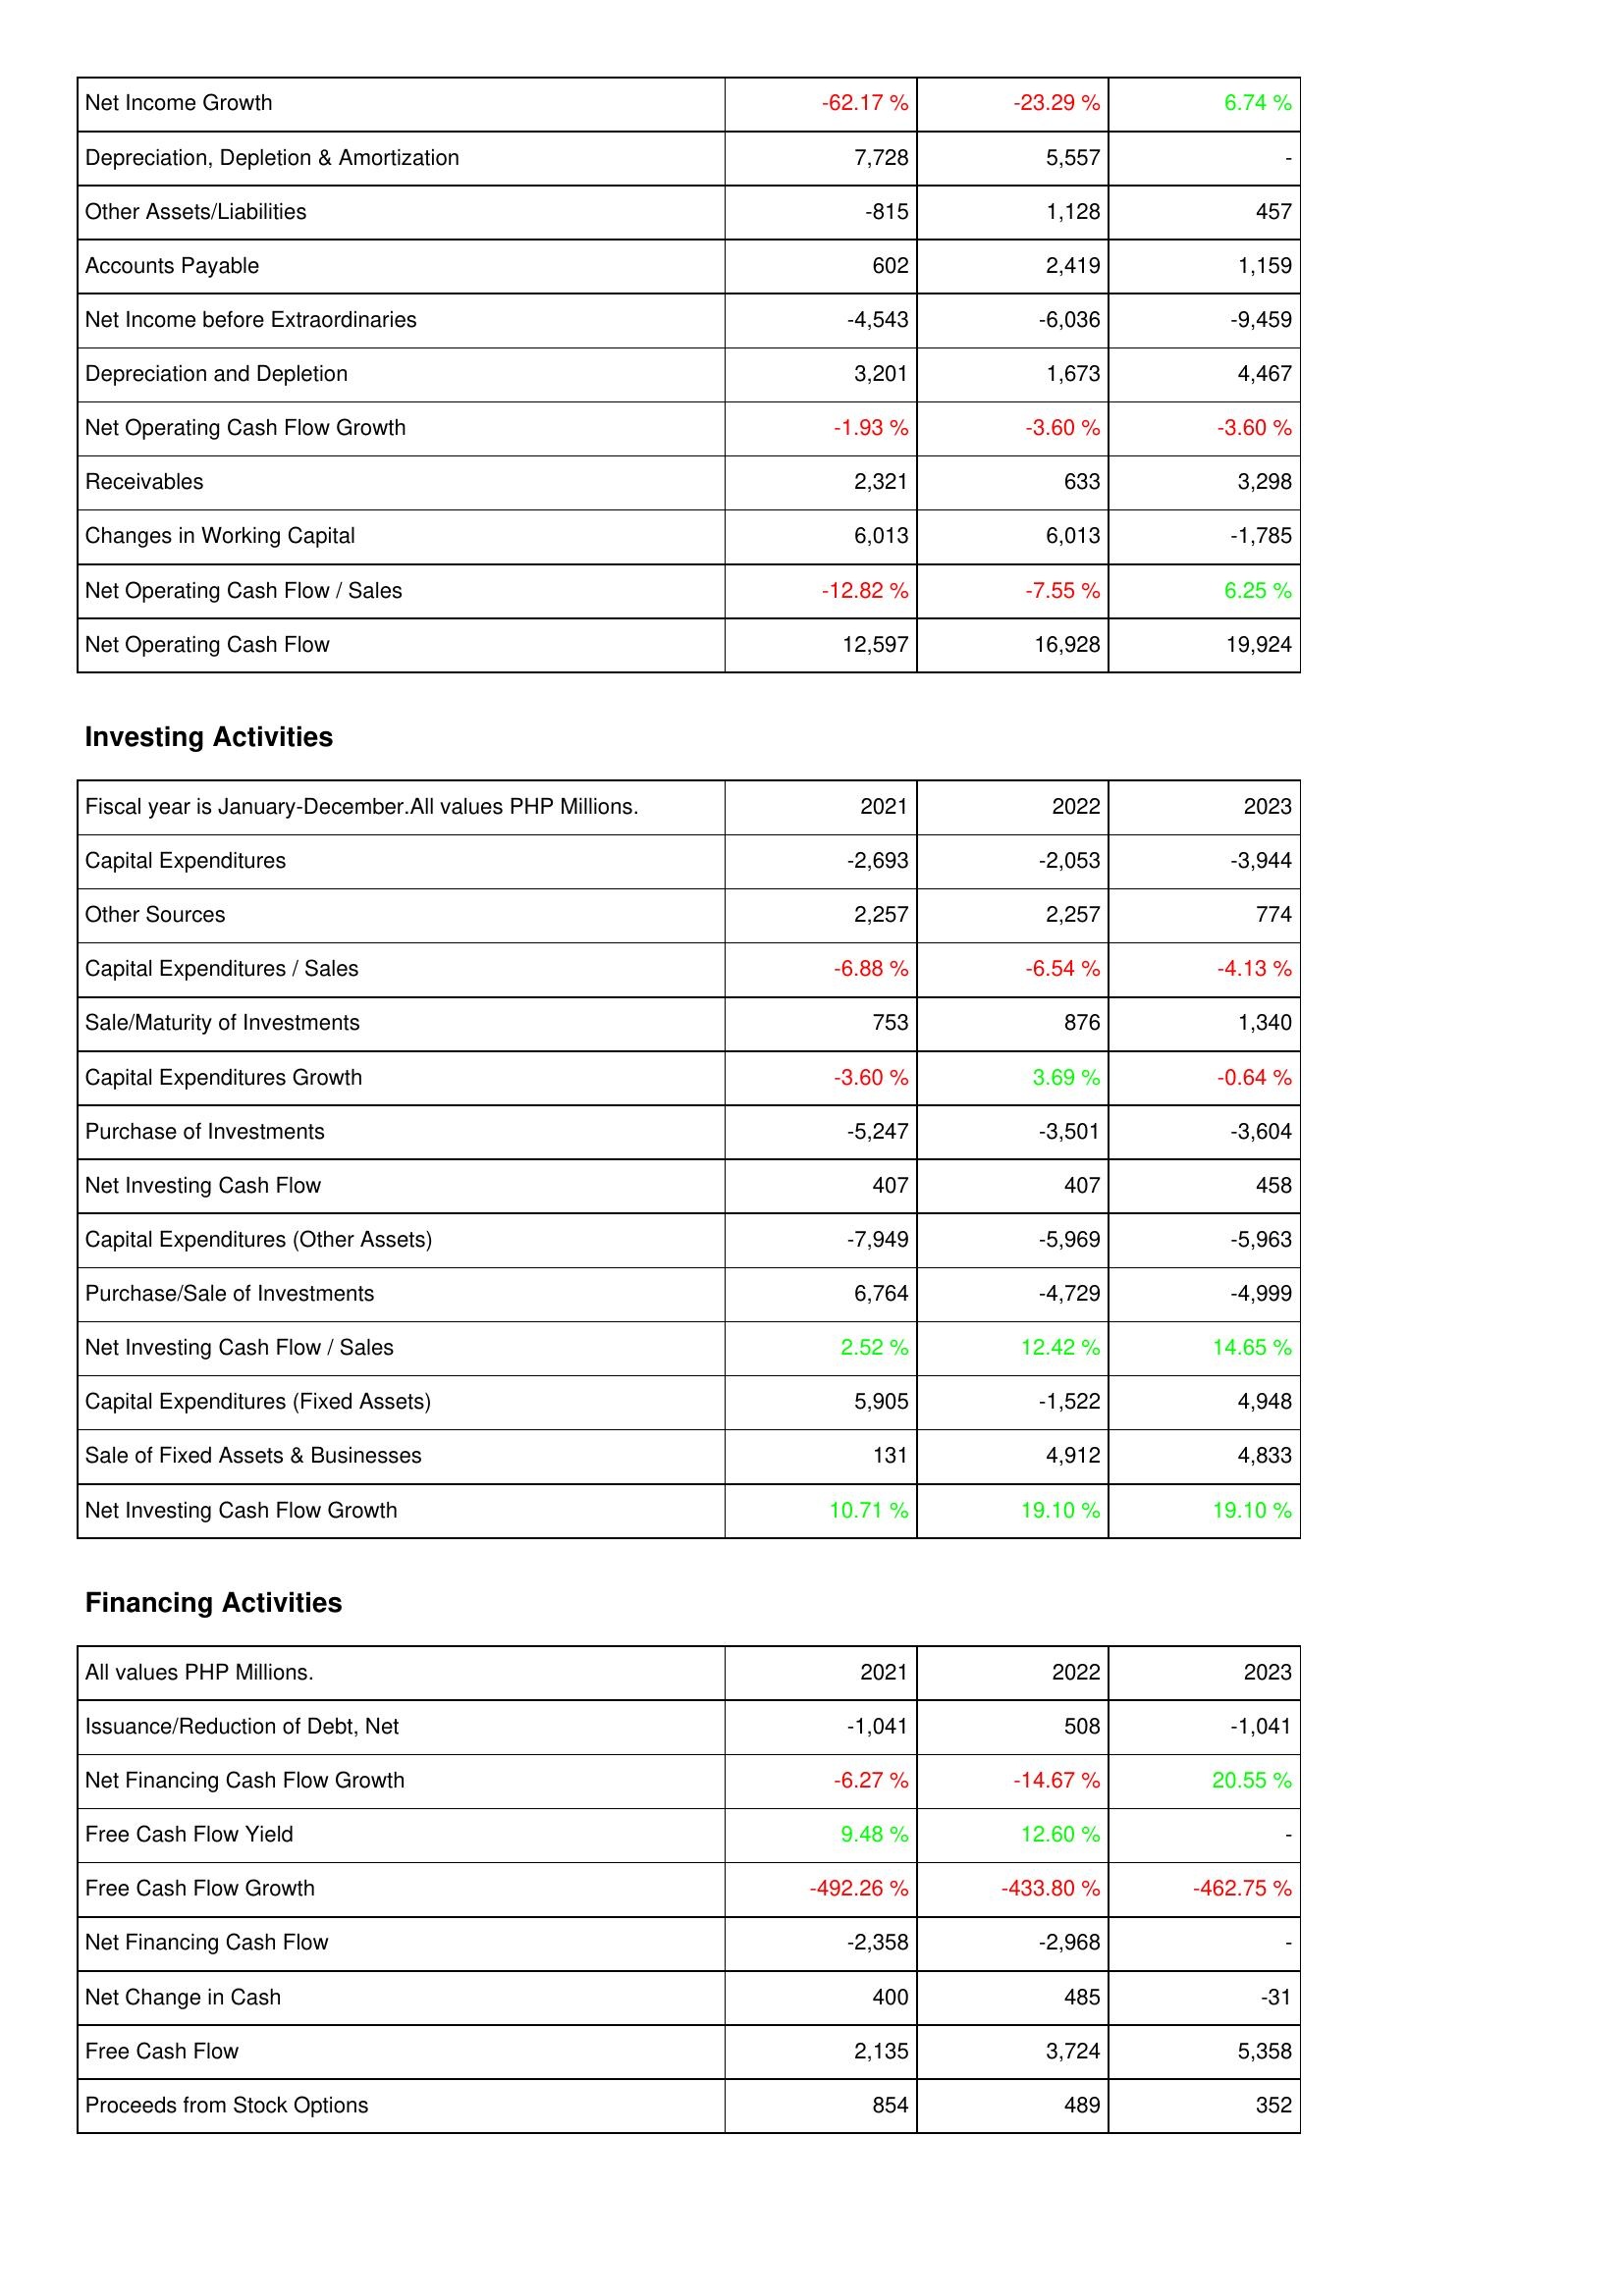
2021: Operating Activities: Net Income Growth: -62.17 %
Depreciation, Depletion & Amortization: 7,728
Other Assets/Liabilities: -815
Accounts Payable: 602
Net Income before Extraordinaries: -4,543
Depreciation and Depletion: 3,201
Net Operating Cash Flow Growth: -1.93 %
Receivables: 2,321
Changes in Working Capital: 6,013
Net Operating Cash Flow / Sales: -12.82 %
Net Operating Cash Flow: 12,597
Investing Activities: Capital Expenditures: -2,693
Other Sources: 2,257
Capital Expenditures / Sales: -6.88 %
Sale/Maturity of Investments: 753
Capital Expenditures Growth: -3.60 %
Purchase of Investments: -5,247
Net Investing Cash Flow: 407
Capital Expenditures (Other Assets): -7,949
Purchase/Sale of Investments: 6,764
Net Investing Cash Flow / Sales: 2.52 %
Capital Expenditures (Fixed Assets): 5,905
Sale of Fixed Assets & Businesses: 131
Net Investing Cash Flow Growth: 10.71 %
Financing Activities: Issuance/Reduction of Debt, Net: -1,041
Net Financing Cash Flow Growth: -6.27 %
Free Cash Flow Yield: 9.48 %
Free Cash Flow Growth: -492.26 %
Net Financing Cash Flow: -2,358
Net Change in Cash: 400
Free Cash Flow: 2,135
Proceeds from Stock Options: 854
2022: Operating Activities: Net Income Growth: -23.29 %
Depreciation, Depletion & Amortization: 5,557
Other Assets/Liabilities: 1,128
Accounts Payable: 2,419
Net Income before Extraordinaries: -6,036
Depreciation and Depletion: 1,673
Net Operating Cash Flow Growth: -3.60 %
Receivables: 633
Changes in Working Capital: 6,013
Net Operating Cash Flow / Sales: -7.55 %
Net Operating Cash Flow: 16,928
Investing Activities: Capital Expenditures: -2,053
Other Sources: 2,257
Capital Expenditures / Sales: -6.54 %
Sale/Maturity of Investments: 876
Capital Expenditures Growth: 3.69 %
Purchase of Investments: -3,501
Net Investing Cash Flow: 407
Capital Expenditures (Other Assets): -5,969
Purchase/Sale of Investments: -4,729
Net Investing Cash Flow / Sales: 12.42 %
Capital Expenditures (Fixed Assets): -1,522
Sale of Fixed Assets & Businesses: 4,912
Net Investing Cash Flow Growth: 19.10 %
Financing Activities: Issuance/Reduction of Debt, Net: 508
Net Financing Cash Flow Growth: -14.67 %
Free Cash Flow Yield: 12.60 %
Free Cash Flow Growth: -433.80 %
Net Financing Cash Flow: -2,968
Net Change in Cash: 485
Free Cash Flow: 3,724
Proceeds from Stock Options: 489
2023: Operating Activities: Net Income Growth: 6.74 %
Depreciation, Depletion & Amortization: -
Other Assets/Liabilities: 457
Accounts Payable: 1,159
Net Income before Extraordinaries: -9,459
Depreciation and Depletion: 4,467
Net Operating Cash Flow Growth: -3.60 %
Receivables: 3,298
Changes in Working Capital: -1,785
Net Operating Cash Flow / Sales: 6.25 %
Net Operating Cash Flow: 19,924
Investing Activities: Capital Expenditures: -3,944
Other Sources: 774
Capital Expenditures / Sales: -4.13 %
Sale/Maturity of Investments: 1,340
Capital Expenditures Growth: -0.64 %
Purchase of Investments: -3,604
Net Investing Cash Flow: 458
Capital Expenditures (Other Assets): -5,963
Purchase/Sale of Investments: -4,999
Net Investing Cash Flow / Sales: 14.65 %
Capital Expenditures (Fixed Assets): 4,948
Sale of Fixed Assets & Businesses: 4,833
Net Investing Cash Flow Growth: 19.10 %
Financing Activities: Issuance/Reduction of Debt, Net: -1,041
Net Financing Cash Flow Growth: 20.55 %
Free Cash Flow Yield: -
Free Cash Flow Growth: -462.75 %
Net Financing Cash Flow: -
Net Change in Cash: -31
Free Cash Flow: 5,358
Proceeds from Stock Options: 352